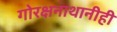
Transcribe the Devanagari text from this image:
गोरक्षनाथानीही